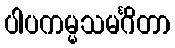
ပါပကမ္မသမင်္ဂိတာ